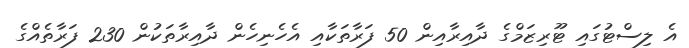
އެ ލިސްޓުގައި ޓޫރިޒަމްގެ ދާއިރާއިން 50 ފަރާތަކާއި އެހެނިހެން ދާއިރާތަކުން 230 ފަރާތެއްގެ